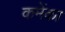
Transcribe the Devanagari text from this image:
कमेंका